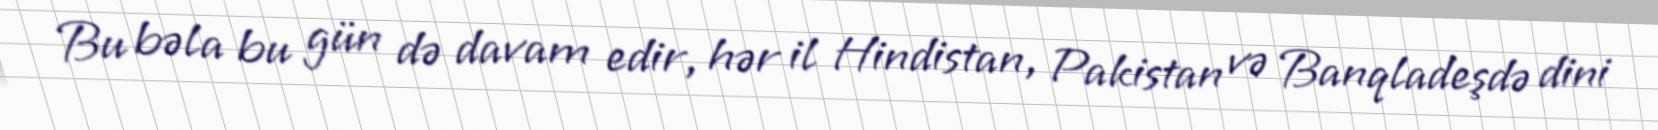
Bu bəla bu gün də davam edir, hər il Hindistan, Pakistan və Banqladeşdə dini